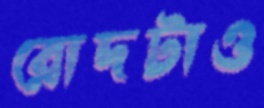
রোদটাও